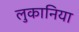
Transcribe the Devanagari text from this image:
लुकानिया